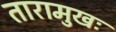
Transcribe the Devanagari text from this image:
तारामुखः